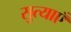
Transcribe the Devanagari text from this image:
सुत्याएँ